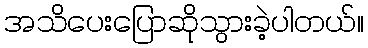
အသိပေးပြောဆိုသွားခဲ့ပါတယ်။